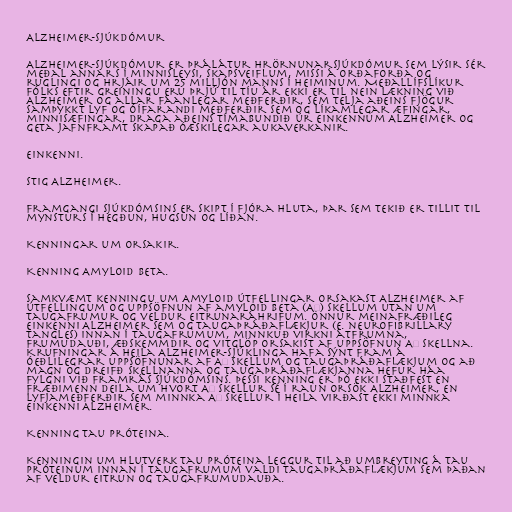
Alzheimer-sjúkdómur

Alzheimer-sjúkdómur er þrálátur hrörnunarsjúkdómur sem lýsir sér
meðal annars í minnisleysi, skapsveiflum, missi á orðaforða og
ruglingi og hrjáir um 25 milljón manns í heiminum. Meðallífslíkur
fólks eftir greiningu eru þrjú til tíu ár Ekki er til nein lækning við
Alzheimer og allar fáanlegar meðferðir, sem telja aðeins fjögur
samþykkt lyf og óífarandi meðferðir sem og líkamlegar æfingar,
minnisæfingar, draga aðeins tímabundið úr einkennum Alzheimer og
geta jafnframt skapað óæskilegar aukaverkanir.

Einkenni.

Stig Alzheimer.

Framgangi sjúkdómsins er skipt í fjóra hluta, þar sem tekið er tillit til
mynsturs í hegðun, hugsun og líðan.

Kenningar um orsakir.

Kenning Amyloid Beta.

Samkvæmt kenningu um Amyloid útfellingar orsakast Alzheimer af
útfellingum og uppsöfnun af amyloid beta (Aβ) skellum utan um
taugafrumur og veldur eitrunaráhrifum. Önnur meinafræðileg
einkenni Alzheimer sem og taugaþráðaflækjur (e. neurofibrillary
tangles) innan í taugafrumum, minnkuð virkni átfrumna,
frumudauði, æðskemmdir og vitglöp orsakist af uppsöfnun Aβ skellna.
Krufningar á heila Alzheimer-sjúklinga hafa sýnt fram á
óeðlilegrar uppsöfnunar af Aβ skellum og taugaþráðaflækjum og að
magn og dreifð skellnanna og taugaþráðaflækjanna hefur háa
fylgni við framrás sjúkdómsins. Þessi kenning er þó ekki staðfest en
fræðimenn deila um hvort Aβ skellur sé í raun orsök Alzheimer, en
lyfjameðferðir sem minnka Aβ skellur í heila virðast ekki minnka
einkenni Alzheimer.

Kenning Tau próteina.

Kenningin um hlutverk Tau próteina leggur til að umbreyting á tau
próteinum innan í taugafrumum valdi taugaþráðaflækjum sem þaðan
af veldur eitrun og taugafrumudauða.